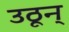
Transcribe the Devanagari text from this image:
उठून्